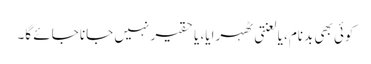
کوئی بھی بدنام، یا لعنتی ٹھہرایا، یا حقیر نہیں جانا جائے گا۔